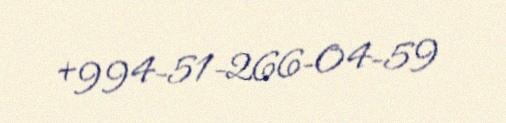
+994-51-266-04-59